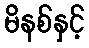
မိနစ်နှင့်